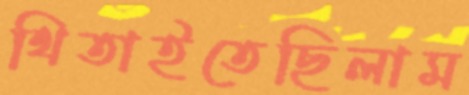
থিতাইতেছিলাম